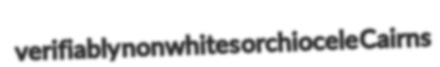
verifiably nonwhites orchiocele Cairns